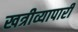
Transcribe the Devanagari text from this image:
खत्रीव्यापारी